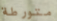
متورطة